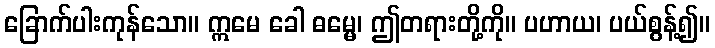
ခြောက်ပါးကုန်သော။ ဣမေ ခေါ ဓမ္မေ၊ ဤတရားတို့ကို။ ပဟာယ၊ ပယ်စွန့်၍။